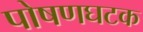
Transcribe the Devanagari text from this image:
पोषणघटक